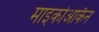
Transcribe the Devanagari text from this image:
माइकोआकैन